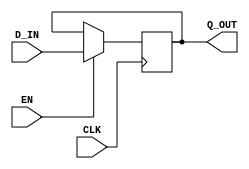
module CrossingRegUN(CLK, EN, D_IN, Q_OUT);
   parameter width = 1;

   input     CLK;
   input     EN;
   input [width - 1 : 0] D_IN;

   output [width - 1 : 0] Q_OUT;
   reg [width - 1 : 0]    Q_OUT;

`ifdef BSV_NO_INITIAL_BLOCKS
`else // not BSV_NO_INITIAL_BLOCKS
   // synopsys translate_off
   initial begin
      Q_OUT = {((width + 1)/2){2'b10}} ;
   end
   // synopsys translate_on
`endif // BSV_NO_INITIAL_BLOCKS

   
   always@(posedge CLK)
     begin
        if (EN)
          Q_OUT <= `BSV_ASSIGNMENT_DELAY D_IN;
     end
endmodule